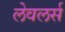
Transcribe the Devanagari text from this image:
लेवलर्स